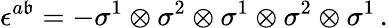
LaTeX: \epsilon^{a\mathfrak{b}}=-\sigma^{1}\otimes\sigma^{2}\otimes\sigma^{1}\otimes\sigma^{2}\otimes\sigma^{1}\, .